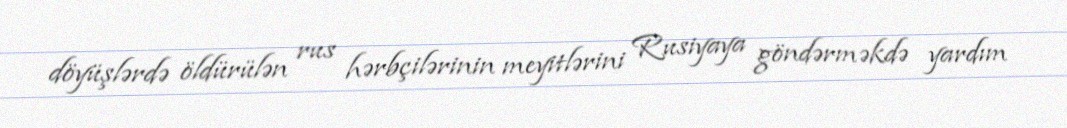
döyüşlərdə öldürülən rus hərbçilərinin meyitlərini Rusiyaya göndərməkdə yardım